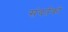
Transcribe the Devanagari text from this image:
संवर्तको